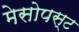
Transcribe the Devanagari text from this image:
मेसोपस्ट